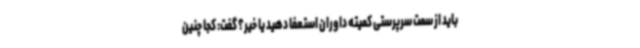
باید از سمت سرپرستی کمیته داوران استعفا ‌دهید یا خیر؟ گفت: کجا چنین